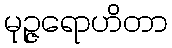
မုဉ္ဇရောဟိတာ